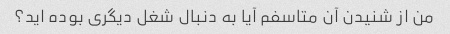
من از شنیدن آن متاسفم آیا به دنبال شغل دیگری بوده اید؟